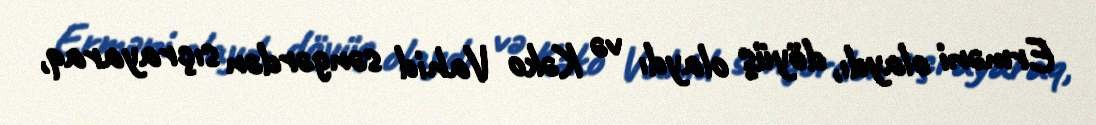
Erməni olaydı, döyüş olaydı və Kəko Vahid səngərdən sıçrayaraq,